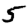
Digit: 5